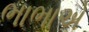
ભાભાએ